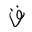
Letter: _qaf